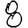
Digit: 8